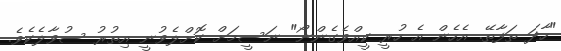
"ހާދަ ތަފާތޭ. އެހެން އެ ހުރީ ކީއްވެގެންނޯ" ނަސީމަށް ކޮށްލެވުނީ އިތުރު ސުވާލެކެވެ.